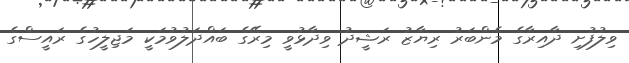
ވިލުފުށި ދާއިރާގެ މެންބަރު ރިޔާޒު ރަޝީދު ވިދާޅުވީ މިރޭގެ ބައްދަލުވުމަކީ މަޖިލީހުގެ ރައީސްގެ